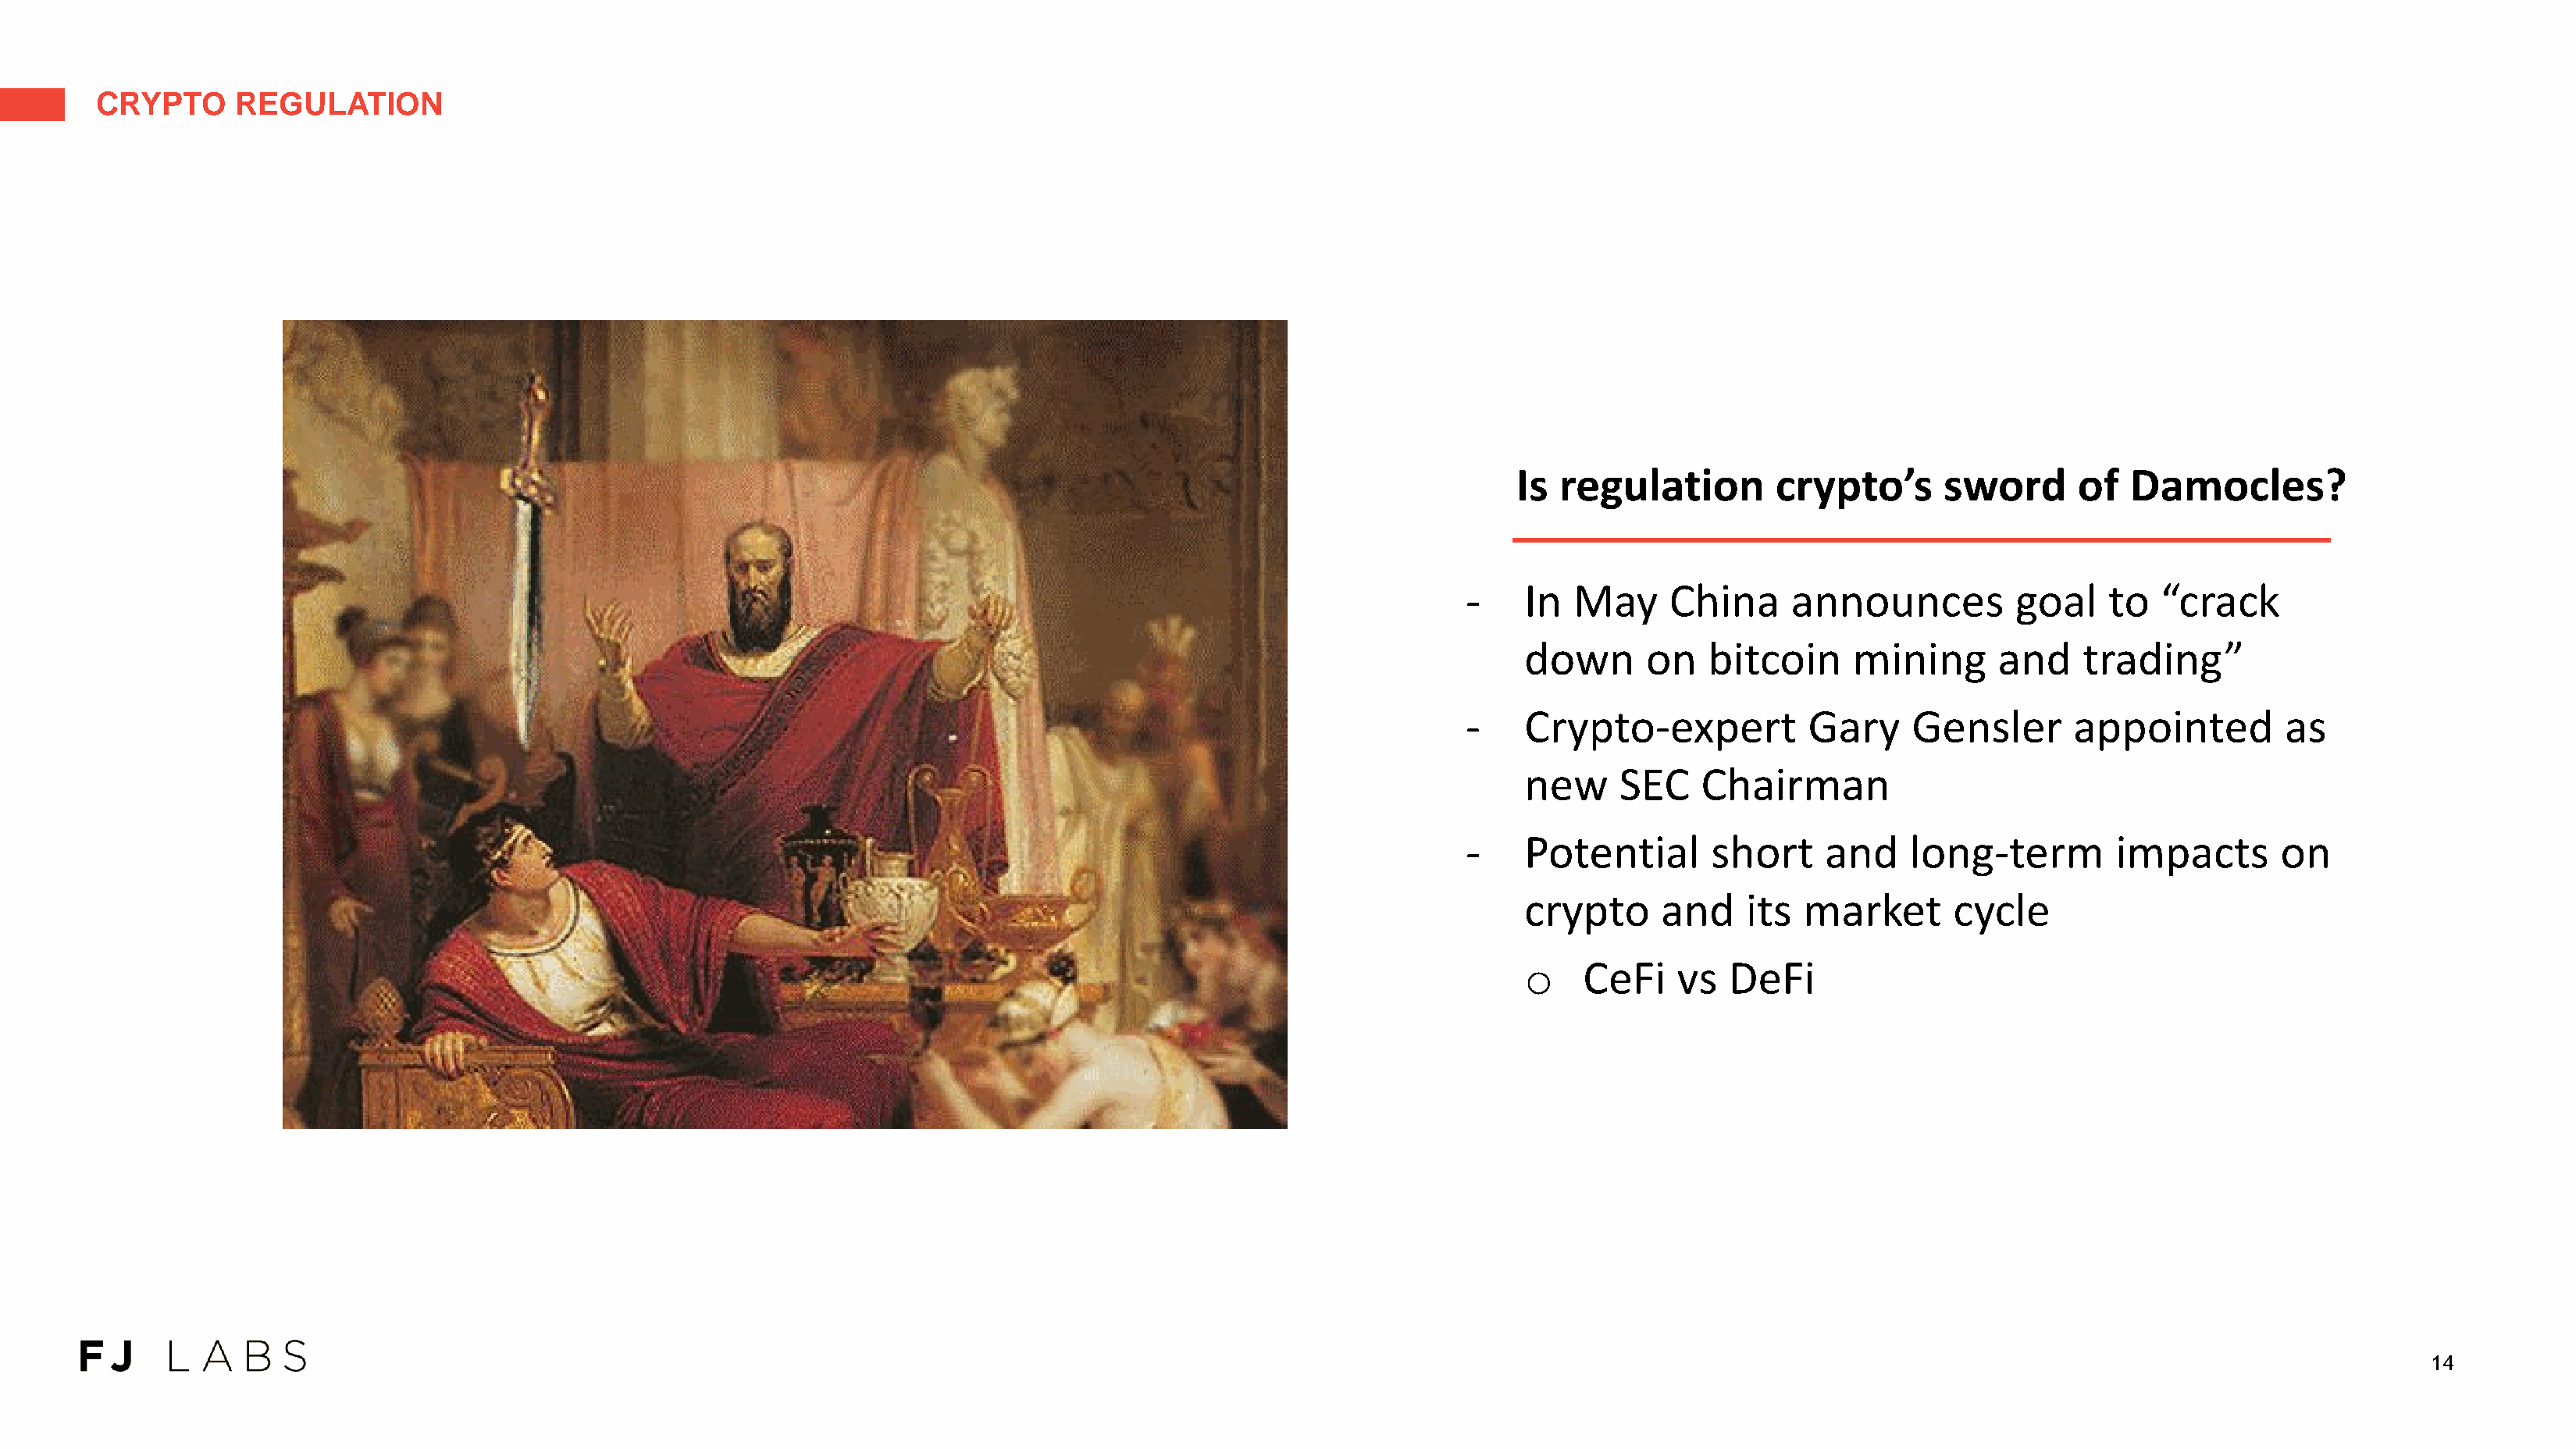
CRYPTO      REGULATION
 Is regulation        crypto’s       sword      of   Damocles?
 -    In  May     China      announces          goal    to  “crack
 down       on   bitcoin     mining      and     trading”
 -    Crypto-expert           Gary     Gensler       appointed         as
 new     SEC    Chairman
 -    Potential       short     and    long-term        impacts       on
 crypto      and    its  market       cycle
 o    CeFi    vs   DeFi
 14